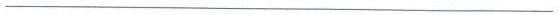
___